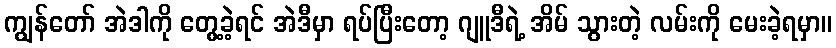
ကျွန်တော် အဲဒါကို တွေ့ခဲ့ရင် အဲဒီမှာ ရပ်ပြီးတော့ ဂျူဒီရဲ့ အိမ် သွားတဲ့ လမ်းကို မေးခဲ့ရမှာ။